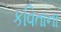
કવિતાના